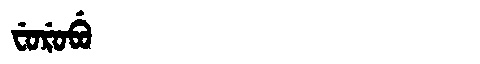
Manchu: ᠸᡠᡵᡠᠪᡠ
Romanization: FURUBU